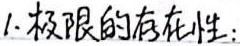
1. 极限的存在性：